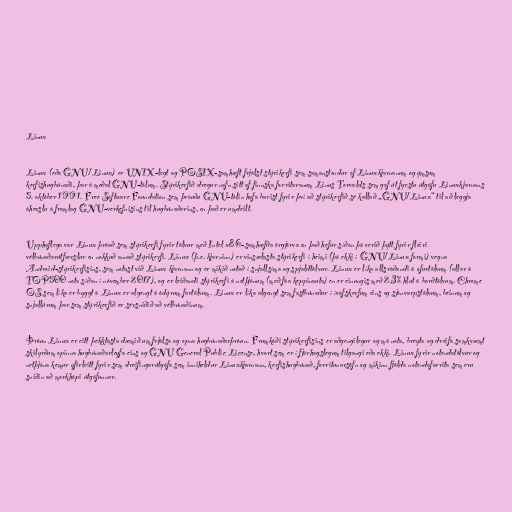
Linux

Linux (eða GNU/Linux) er UNIX-legt og POSIX-samhæft frjálst stýrikerfi sem samanstendur af Linuxkjarnanum og ýmsum
kerfishugbúnaði, þar á meðal GNU-tólum. Stýrikerfið dregur nafn sitt af finnska forritaranum Linus Torvalds sem gaf út fyrstu útgáfu Linuxkjarnans
5. október 1991. Free Software Foundation sem þróuðu GNU-tólin hafa barist fyrir því að stýrikerfið sé kallað „GNU/Linux“ til að leggja
áherslu á framlag GNU-verkefnisins til hugbúnaðarins, en það er umdeilt.

Upphaflega var Linux þróað sem stýrikerfi fyrir tölvur með Intel x86-samhæfða örgjörva en það hefur síðan þá verið þýtt fyrir fleiri
vélbúnaðarútfærslur en nokkuð annað stýrikerfi. Linux (þ.e. kjarninn) er vinsælasta stýrikerfi í heimi (þó ekki í GNU/Linux formi) vegna
Android-stýrikerfisins, sem notast við Linux kjarnann og er mikið notað í snjallsíma og spjaldtölvur. Linux er líka allsráðandi á ofurtölvum (allar á
TOP500 nota síðan í nóvember 2017), og er leiðandi stýrikerfi á netþjónum (með fáa keppinauta) en er einungis með 2,3% hlut á borðtölvum. Chrome
OS sem líka er byggt á Linux er algengt á ódýrum fartölvum. Linux er líka algengt sem fastbúnaður í ívafskerfum eins og sjónvarpstölvum, beinum og
snjallúrum þar sem stýrikerfið er sérsniðið að vélbúnaðinum.

Þróun Linux er eitt þekktasta dæmið um frjálsa og opna hugbúnaðarþróun. Frumkóði stýrikerfisins er aðgengilegur og má nota, breyta og dreifa samkvæmt
skilyrðum opinna hugbúnaðarleyfa eins og GNU General Public License, hvort sem er í fjárhagslegum tilgangi eða ekki. Linux fyrir notendatölvur og
netþjóna kemur yfirleitt fyrir sem dreifingarútgáfa sem inniheldur Linuxkjarnann, kerfishugbúnað, forritunarsöfn og mikinn fjölda notendaforrita sem eru
sniðin að markhópi útgáfunnar.